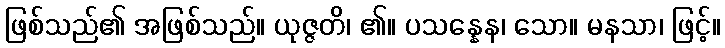
ဖြစ်သည်၏ အဖြစ်သည်။ ယုဇ္ဇတိ၊ ၏။ ပသန္နေန၊ သော။ မနသာ၊ ဖြင့်။